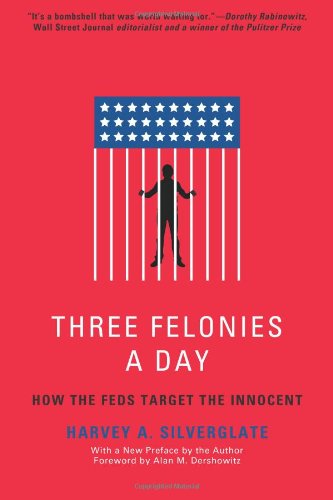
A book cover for Three Felonies A Day: How the Feds Target the Innocent; Harvey Silverglate; Law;